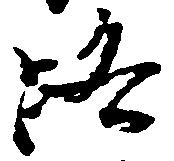
路